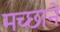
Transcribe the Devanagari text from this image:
मच्छाने